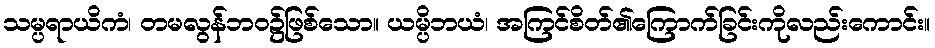
သမ္ပရာယိကံ၊ တမလွန်ဘဝ၌ဖြစ်သော။ ယမ္ပိဘယံ၊ အကြင်စိတ်၏ကြောက်ခြင်းကိုလည်းကောင်း။